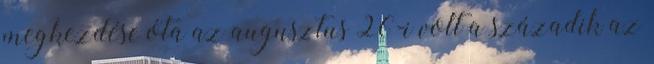
megkezdése óta az augusztus 26-i volt a századik az